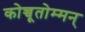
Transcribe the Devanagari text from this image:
कोच्चूतोम्मन्